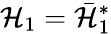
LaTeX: {\cal H}_{1}=\bar{\cal H}_{1}^{*}